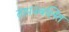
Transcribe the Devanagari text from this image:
तापज्वलित